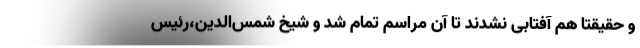
و حقیقتا هم آفتابی نشدند تا آن مراسم تمام شد و شیخ شمس‌الدین،‌رئیس